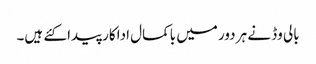
بالی وڈ نے ہر دور میں باکمال اداکار پیدا کئے ہیں۔